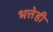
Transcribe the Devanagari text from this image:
भत्तेही